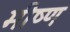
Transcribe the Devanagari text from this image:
भीष्ण